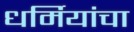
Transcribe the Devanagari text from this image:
धर्मियांचा